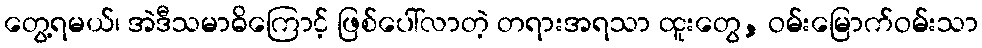
တွေ့ရမယ်၊ အဲဒီသမာဓိကြောင့် ဖြစ်ပေါ်လာတဲ့ တရားအရသာ ထူးတွေ, ဝမ်းမြောက်ဝမ်းသာ